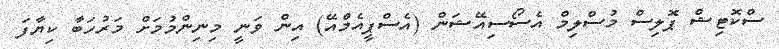
ސްކޮޓިޝް ޕޮލިސް މުސްލިމް އެސޯސިއޭޝަން (އެސްޕީއެމްއޭ) އިން ވަނީ މިނިންމުމަށް މަރުހަބާ ކިޔާފަ